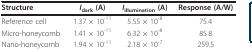
<table><thead><tr><td><b>Structure</b></td><td><b><i>I</i><sub>dark </sub>(A)</b></td><td><b><i>I</i><sub>illumination </sub>(A)</b></td><td><b>Response (A/W)</b></td></tr></thead><tbody><tr><td>Reference cell</td><td>1.37 × 10<sup>-11</sup></td><td>5.55 × 10<sup>-8</sup></td><td>75.4</td></tr><tr><td>Micro-honeycomb</td><td>1.41 × 10<sup>-11</sup></td><td>6.32 × 10<sup>-8</sup></td><td>85.8</td></tr><tr><td>Nano-honeycomb</td><td>1.94 × 10<sup>-11</sup></td><td>2.18 × 10<sup>-7</sup></td><td>259.5</td></tr></tbody></table>